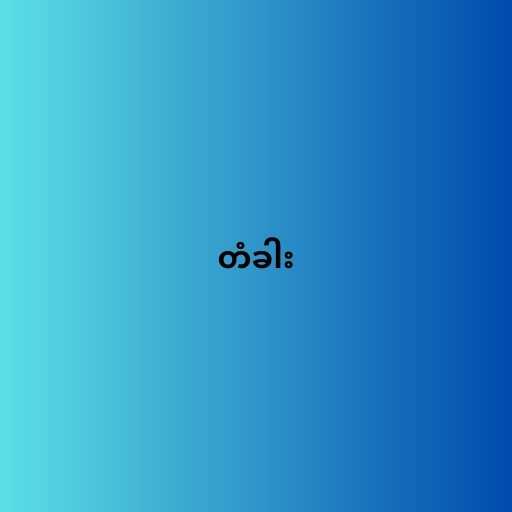
တံခါး